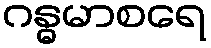
ဂန္ဓမာစရေ